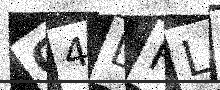
Text: Q4DFLS